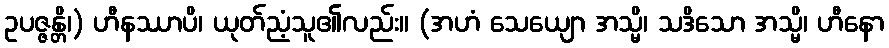
ဥပဇ္ဇန္တိ၊) ဟီနဿာပိ၊ ယုတ်ညံ့သူ၏လည်း။ (အဟံ သေယျော အသ္မိ၊ သဒိသော အသ္မိ၊ ဟီနော